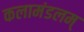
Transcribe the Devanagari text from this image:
कलामंडलम्‌